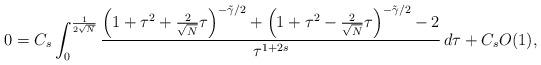
LaTeX: \begin{align*}0 = C_s \int_0^{\frac{1}{2\sqrt{N}}}\frac{\left(1+\tau^2+\frac{2}{\sqrt{N}}\tau\right)^{-\tilde \gamma/2}+\left(1+\tau^2-\frac{2}{\sqrt{N}}\tau\right)^{-\tilde \gamma/2}-2}{\tau^{1+2s}}\,d\tau + C_s O(1),\end{align*}